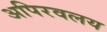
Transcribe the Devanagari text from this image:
अपिरवलय